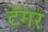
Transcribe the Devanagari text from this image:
टंगर